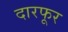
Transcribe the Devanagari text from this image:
दारफूर